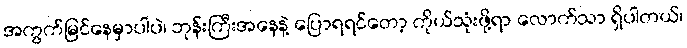
အကွက်မြင်နေမှာပါပဲ၊ ဘုန်းကြီးအနေနဲ့ ပြောရရင်တော့ ကိုယ်သုံးဖို့ရာ လောက်သာ ရှိပါတယ်၊